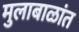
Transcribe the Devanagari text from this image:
मुलाबाळांत